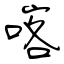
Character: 喀